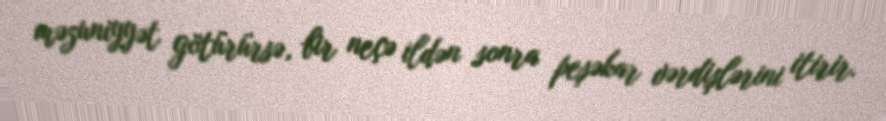
məzuniyyət götürürsə, bir neçə ildən sonra peşəkar vərdişlərini itirir.